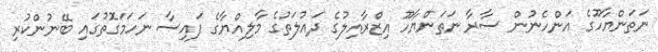
ނަތަންޔާހޫގެ އަންހެނުން ސާރާ ނަތަންޔާހޫ އިޒްރާއިލުގެ ދައުލަތުގެ މާލިއްޔާގެ ފައިސާ ނަހަމަގޮތުގައި ބޭނުންކުރި